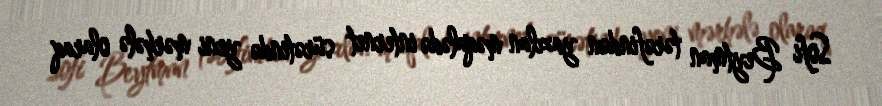
Sofi Beytman tərəfindən yazılan məqalədə internet sürətində yeni mərhələ olaraq